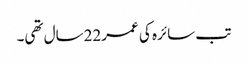
تب سائرہ کی عمر22سال تھی۔